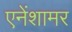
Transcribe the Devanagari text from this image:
एनेंशामर